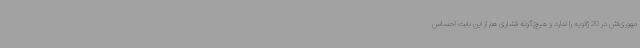
مهوری‌اش در 20 ژانویه را ندارد و هیچ‌گونه فشاری هم از این بابت احساس